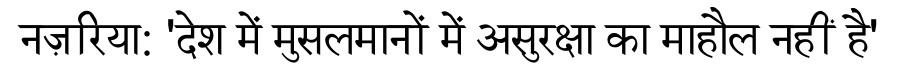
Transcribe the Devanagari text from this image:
नज़रिया: 'देश में मुसलमानों में असुरक्षा का माहौल नहीं है'